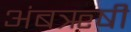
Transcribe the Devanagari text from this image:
अंबॠषी